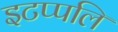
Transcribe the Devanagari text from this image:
इटप्पलि